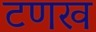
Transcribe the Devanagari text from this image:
टणख